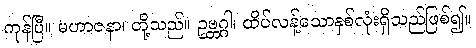
ကုန်ပြီ။ မဟာဇနာ၊ တို့သည်။ ဥဗ္ဘဂ္ဂါ၊ ထိပ်လန့်သောနှစ်လုံးရှိသည်ဖြစ်၍။